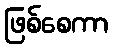
ဖြစ်စေကာ